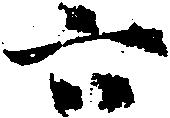
六